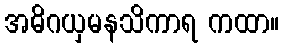
အဓိဂယှမနသိကာရ ကထာ။